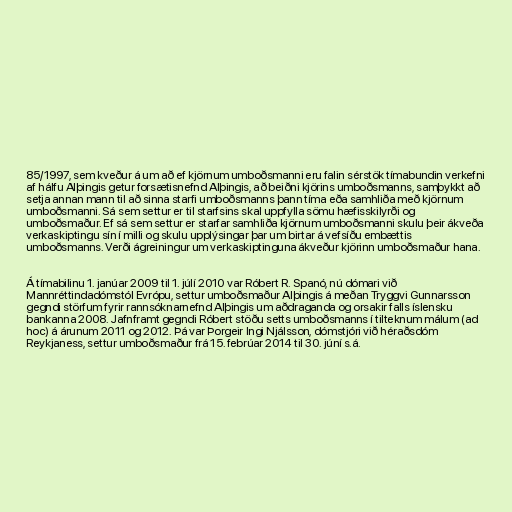
85/1997, sem kveður á um að ef kjörnum umboðsmanni eru falin sérstök tímabundin verkefni
af hálfu Alþingis getur forsætisnefnd Alþingis, að beiðni kjörins umboðsmanns, samþykkt að
setja annan mann til að sinna starfi umboðsmanns þann tíma eða samhliða með kjörnum
umboðsmanni. Sá sem settur er til starfsins skal uppfylla sömu hæfisskilyrði og
umboðsmaður. Ef sá sem settur er starfar samhliða kjörnum umboðsmanni skulu þeir ákveða
verkaskiptingu sín í milli og skulu upplýsingar þar um birtar á vefsíðu embættis
umboðsmanns. Verði ágreiningur um verkaskiptinguna ákveður kjörinn umboðsmaður hana.

Á tímabilinu 1. janúar 2009 til 1. júlí 2010 var Róbert R. Spanó, nú dómari við
Mannréttindadómstól Evrópu, settur umboðsmaður Alþingis á meðan Tryggvi Gunnarsson
gegndi störfum fyrir rannsóknarnefnd Alþingis um aðdraganda og orsakir falls íslensku
bankanna 2008. Jafnframt gegndi Róbert stöðu setts umboðsmanns í tilteknum málum (ad
hoc) á árunum 2011 og 2012. Þá var Þorgeir Ingi Njálsson, dómstjóri við héraðsdóm
Reykjaness, settur umboðsmaður frá 15. febrúar 2014 til 30. júní s.á.